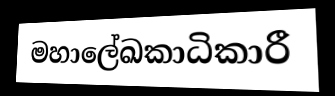
මහාලේඛකාධිකාරී